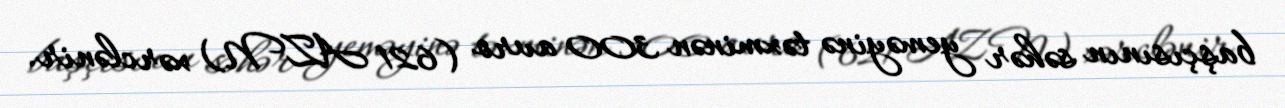
başçısının səhər yeməyinə təxminən 300 avro (621 AZN) xərclənir.